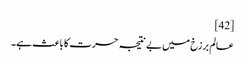
[42]
عالم برزخ میں بے نتیجہ حسرت کا باعث ہے۔